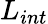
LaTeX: L_{int}